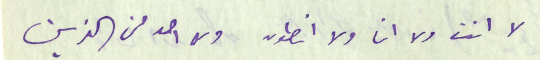
لا انت ولا انا ولا انطون ولا احد من الذين